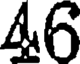
46